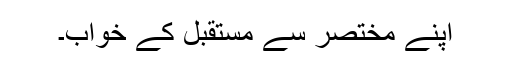
اپنے مختصر سے مستقبل کے خواب۔